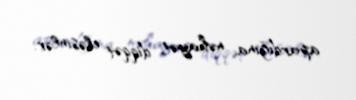
apardığına, nəhayət, diqqət eləsinlər.